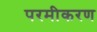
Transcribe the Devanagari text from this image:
परमीकरण